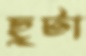
ছুটা